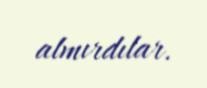
almırdılar.